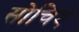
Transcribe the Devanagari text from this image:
सोचिए